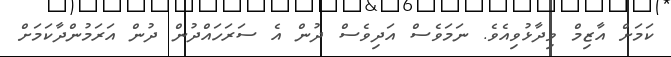
ކަމަށް އާޒިމް ވިދާޅުވިއެވެ. ނަމަވެސް އަދިވެސް ދުން އެ ސަރަހައްދުން ދުން އަރަމުންދާކަމަށް